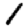
Digit: 1